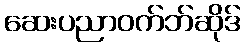
ဆေးပညာဝက်ဘ်ဆိုဒ်